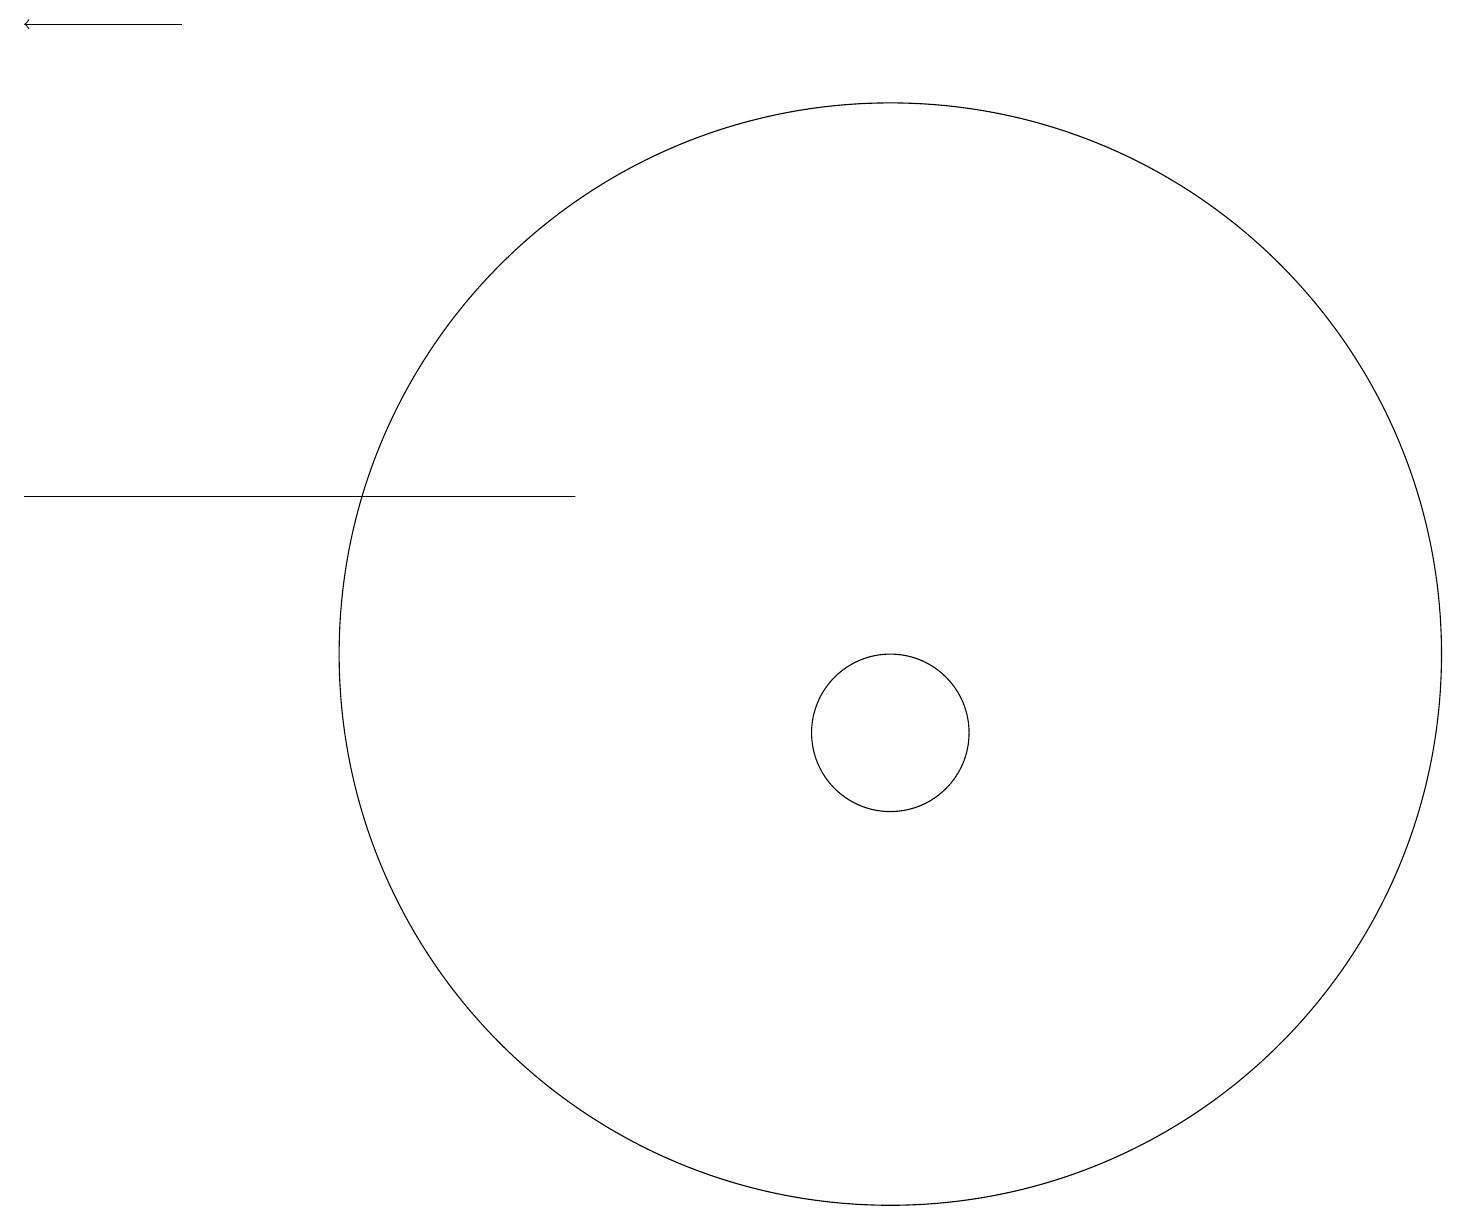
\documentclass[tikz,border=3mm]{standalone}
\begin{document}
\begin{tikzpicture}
\draw (11,10) circle (1);
\draw (0,13) rectangle (7,13);
\draw (11,11) circle (7);
\draw[->] (2,19) -- (0,19);
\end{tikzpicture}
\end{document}